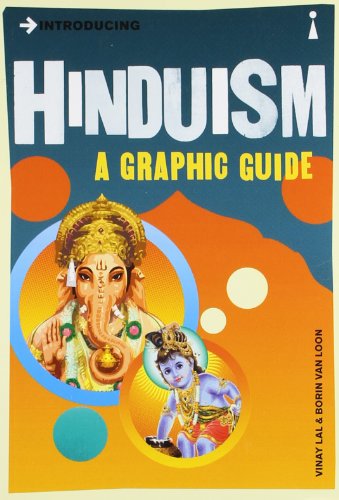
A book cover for Introducing Hinduism: A Graphic Guide; Vinay Lal; Comics & Graphic Novels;